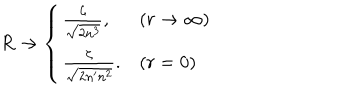
LaTeX: R \to \left\{ \begin{array} { l l } { { \frac \zeta { \sqrt { 2 n ^ { 3 } } } , } } & { { ( r \to \infty ) } } \\ { { \frac \zeta { \sqrt { 2 n ^ { \prime } n ^ { 2 } } } . } } & { { ( r = 0 ) } } \\ \end{array} \right.